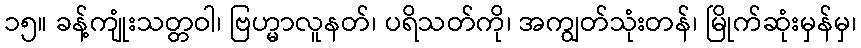
၁၅။ ခန့်ကျုံးသတ္တဝါ၊ ဗြဟ္မာလူနတ်၊ ပရိသတ်ကို၊ အကျွတ်သုံးတန်၊ မြိုက်ဆုံးမှန်မှ၊